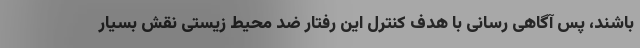
باشند، پس آگاهی رسانی با هدف کنترل این رفتار ضد محیط زیستی نقش بسیار